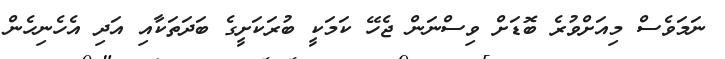
ނަމަވެސް މިއަށްވުރެ ބޮޑަށް ވިސްނަން ޖެހޭ ކަމަކީ ބުރަކަށީގެ ބަދަތަކާއި އަދި އެހެނިހެން